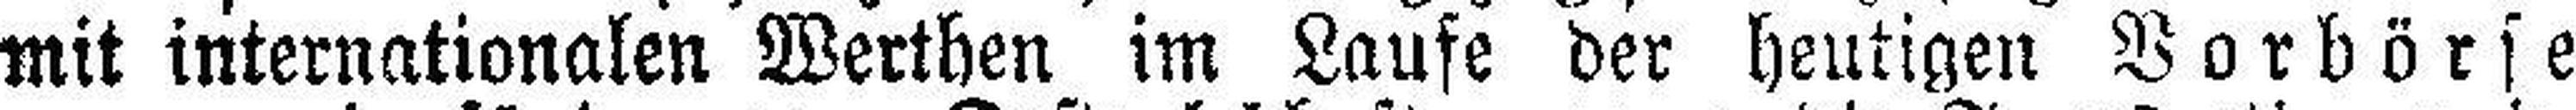
mit internationalen Werthen im Laufe der heutigen Vorbörse